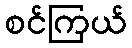
စင်ကြယ်